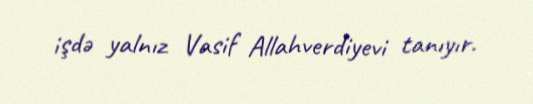
işdə yalnız Vasif Allahverdiyevi tanıyır.